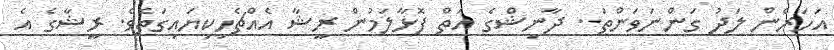
އަހަރެން ލަދު ގަންނަވަންތަ.. ދާނިޝްގެ އަތް ފޮޅާލަމުން ރީޝާ އެއްޗެހިކިޔައިގަތެވެ. ރީޝާގެ އެ